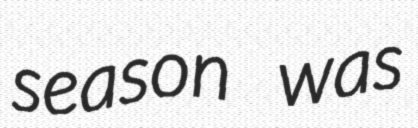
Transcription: season was